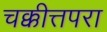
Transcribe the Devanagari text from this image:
चक्कीत्तपरा